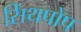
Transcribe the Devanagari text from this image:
सिंथपोप